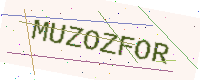
Text: MUZOZFOR